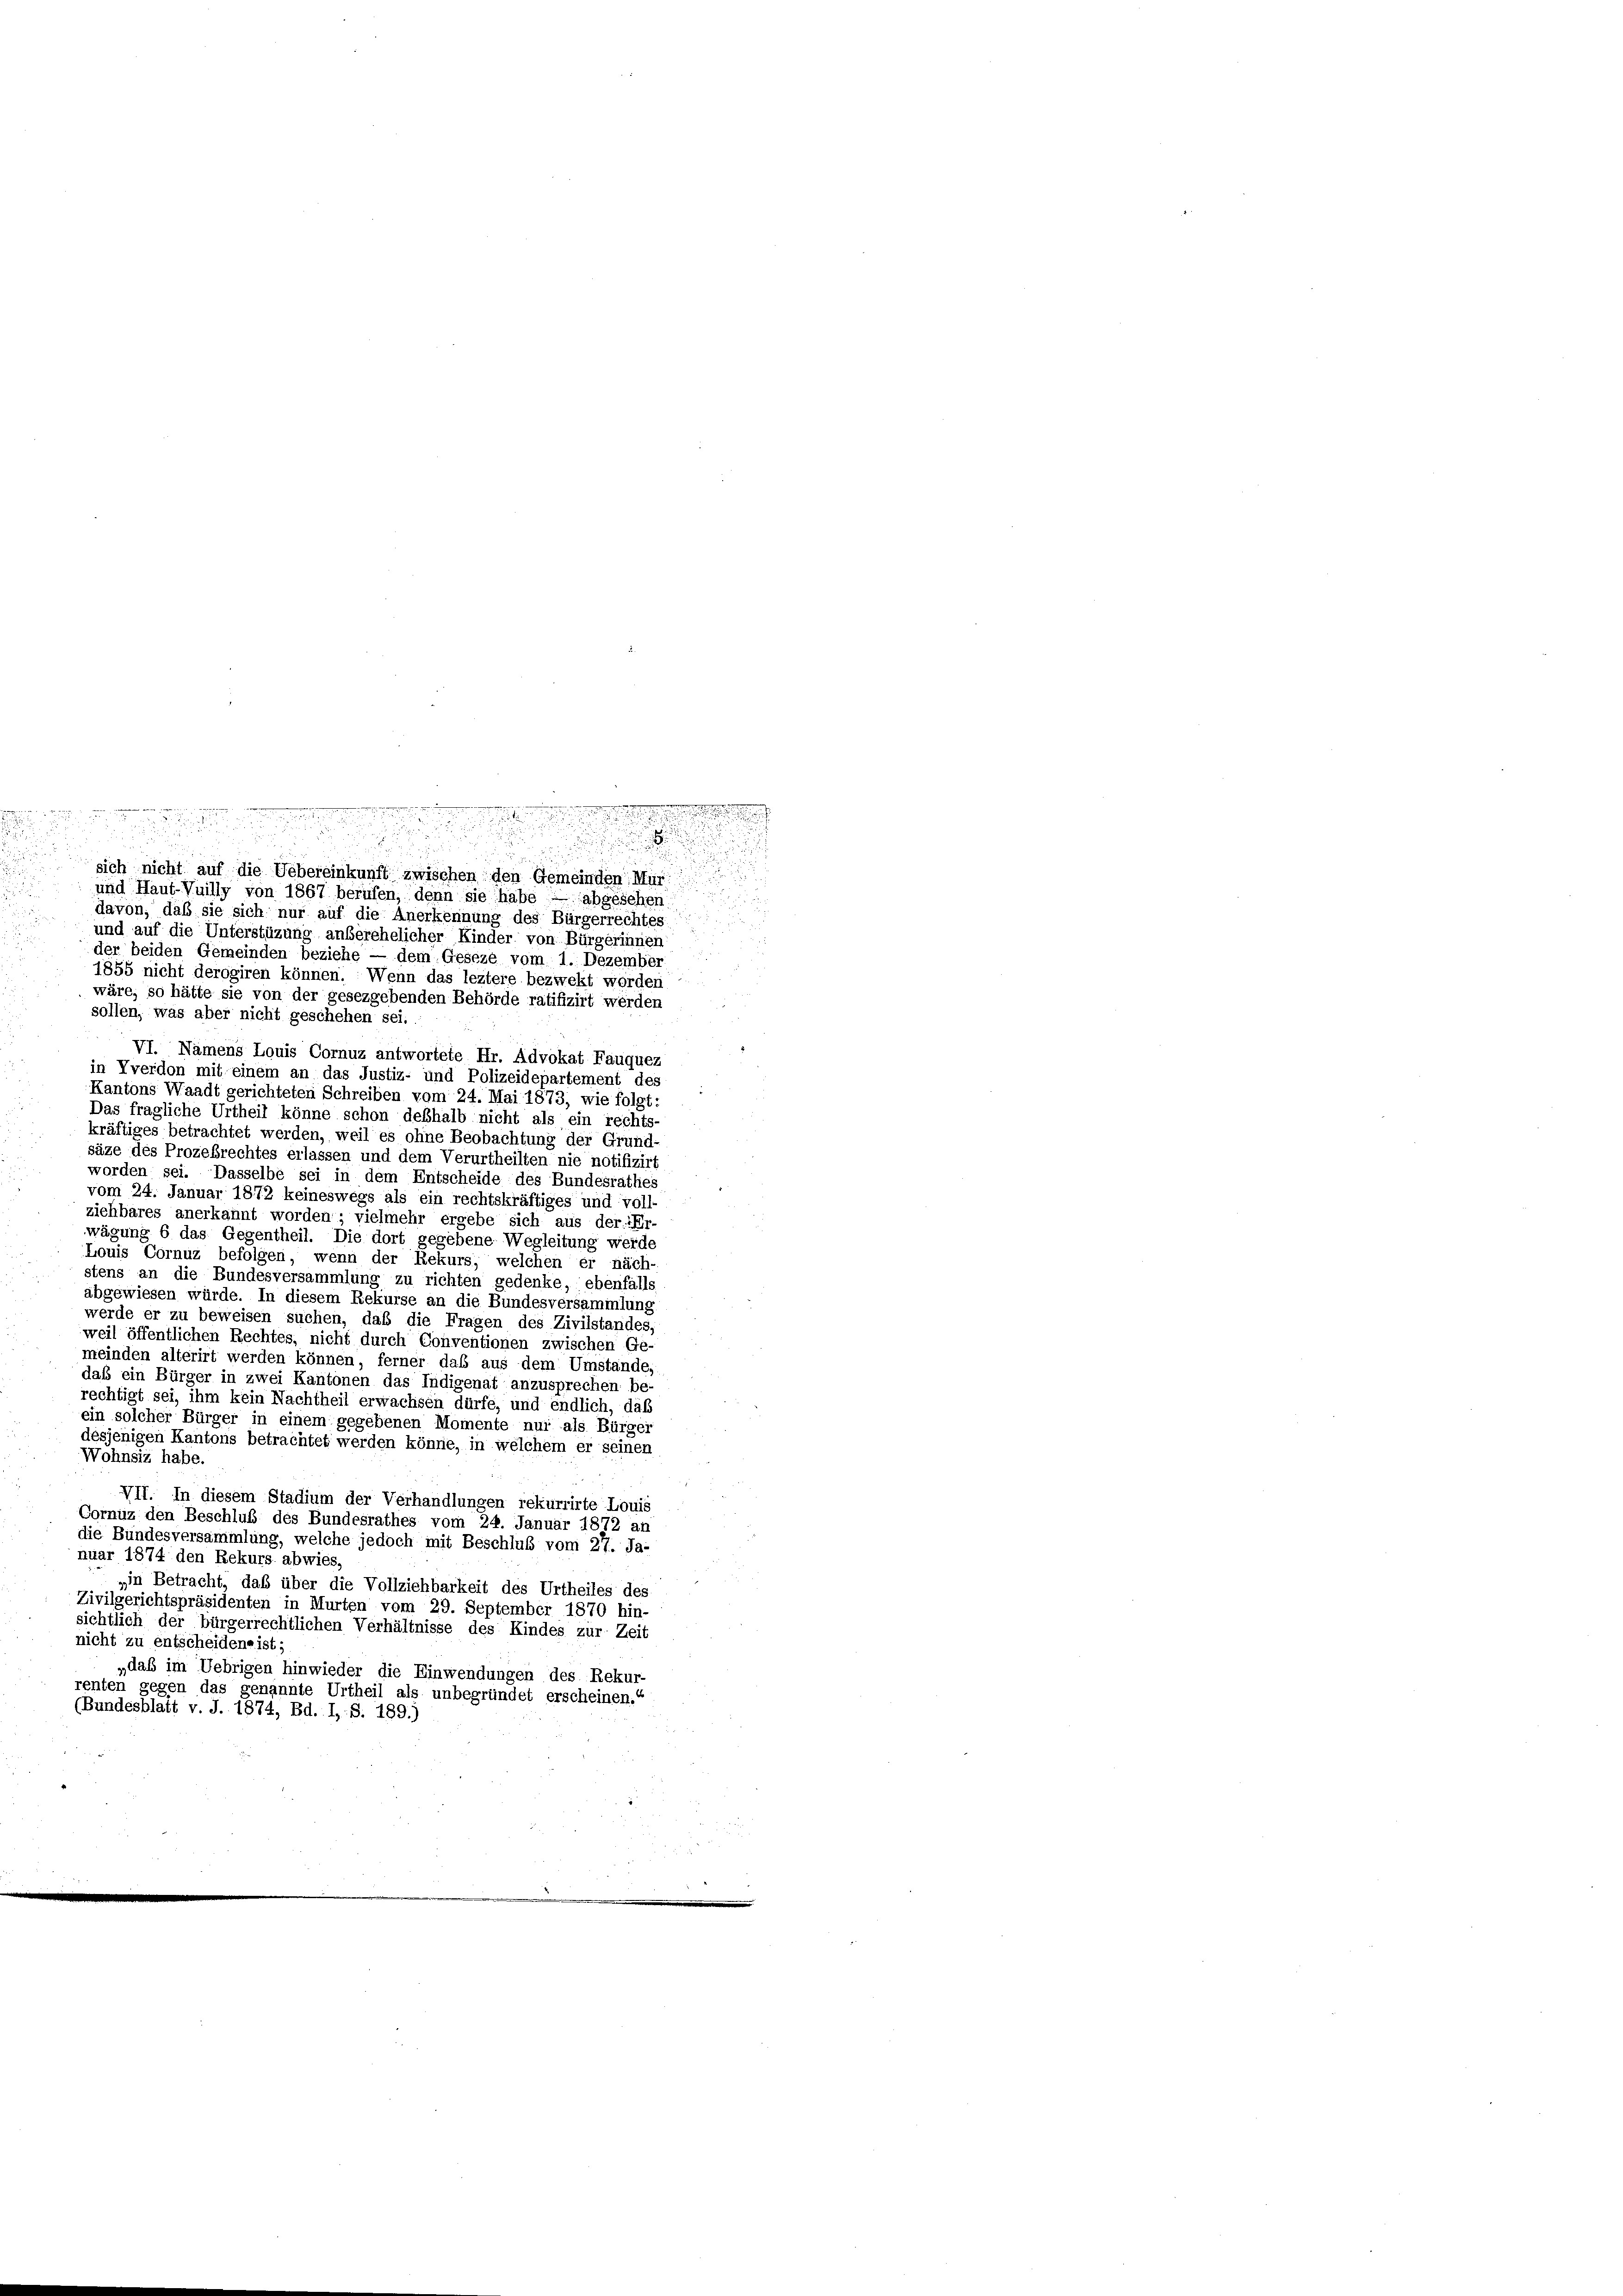
e

sich nicht auf die Uebereinkunft zwischen den Gemeinden, Mur
und Haut-Vuilly von 1867 berufen, denn sie habe — abgesehen
davon, daß sie sich nur auf die Anerkennung des Bürgerrechtes
und auf die Unterstüzung anberehelicher Kinder von Bürgerinnen
der beiden Gemeinden beziehe — dem Geseze vom 1. Dezember
1855 nicht derogiren können. Wenn das leztere bezwekt worden
wäre, so hätte sie von der gesezgebenden Behörde ratifizirt werden
sollen, was aber nicht geschehen sei.
VI. Namens Louis Cornuz antwortete Hr. Advokat Fauquez
in Yverdon mit einem an das Justiz- und Polizeidepartement des
Kantons Waadt gerichteten Schreiben vom 24. Mai 1873, wie folgt:
Das fragliche Urtheil könne schon deshalb nicht als ein rechts-
kräftiges betrachtet werden, weil es ohne Beobachtung der Grund-
säze des Prozesrechtes erlassen und dem Verurtheilten nie notifizirt
worden sei. Dasselbe sei in dem Entscheide des Bundesrathes
vom 24. Januar 1872 keineswegs als ein rechtskräftiges und voll-
ziehbares anerkannt worden; vielmehr ergebe sich aus der Er-
wägung 6 das Gegentheil. Die dort gegebene Wegleitung werde
Louis Cornuz befolgen, wenn der Rekurs, welchen er näch-
stens an die Bundesversammlung zu richten gedenke, ebenfalls
abgewiesen würde. In diesem Rekurse an die Bundesversammlung
werde er zu beweisen suchen, daß die Fragen des Zivilstandes.
weil öffentlichen Rechtes, nicht durch Conventionen zwischen Ge-
meinden alterirt werden können, ferner das aus dem Umstände
daß ein Bürger in zwei Kantonen das Indigenat anzusprechen be
rechtigt sei, ihm kein Nachtheil erwachsen dürfe, und endlich, daß
ein solcher Bürger in einem gegebenen Momente nur als Bürger
desjenigen Kantons betrachtet werden könne, in welchem er seinen
Wohnsiz habe.
VII. In diesem Stadium der Verhandlungen rekurrirte Louis
Cornüz den Beschluß des Bundesrathes vom 24. Januar 1872 an
die Bundesversammlung, welche jedoch mit Beschluß vom 27. Ja-
nuar 1874 den Rekurs abwies,
„in Betracht, das über die Vollziehbarkeit des Urtheiles des
Zivilgerichtspräsidenten in Murten vom 29. September 1870 hin-
sichtlich der bürgerrechtlichen Verhältnisse des Kindes zur Zeit
nicht zu entscheidene ist;
„daß im Uebrigen hinwieder die Einwendungen des Rekur-
renten gegen das genannte Urtheil als unbegründet erscheinen.“
(Bundesblatt v. J. 1874, Bd. I, S. 189.)